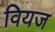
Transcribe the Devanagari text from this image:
वियज